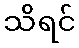
သိရင်